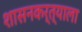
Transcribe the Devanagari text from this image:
शासनकर्त्याला